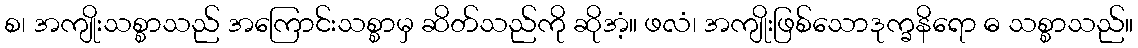
စ၊ အကျိုးသစ္စာသည် အကြောင်းသစ္စာမှ ဆိတ်သည်ကို ဆိုအံ့။ ဖလံ၊ အကျိုးဖြစ်သောဒုက္ခနိရော ဓ သစ္စာသည်။